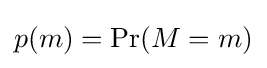
p(m)=\mathrm {Pr} (M=m)